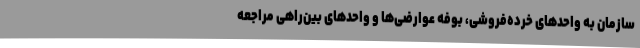
سازمان به واحدهای خرده‌فروشی، بوفه عوارضی‌ها و واحدهای بین‌راهی مراجعه